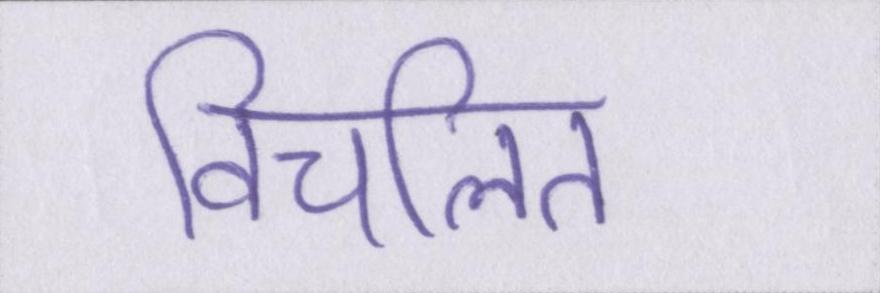
विचलित